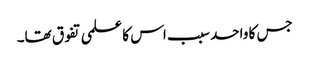
جس کا واحد سبب اس کا علمی تفوق تھا۔